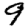
Digit: 9